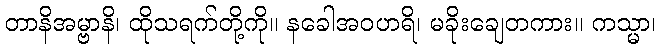
တာနိအမ္ဗာနိ၊ ထိုသရက်တို့ကို။ နခေါအဝဟရိ၊ မခိုးချေတကား။ ကသ္မာ၊